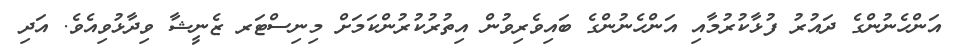
އަންހެނުންގެ ދައުރު ފުޅާކުރުމާއި އަންހެނުންގެ ބައިވެރިވުން އިތުރުކުރުންކަމަށް މިނިސްޓަރ ޒެނީޝާ ވިދާޅުވިއެވެ. އަދި